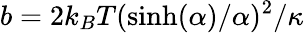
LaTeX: b=2k_{B}T(\sinh(\alpha)/\alpha)^{2}/\kappa